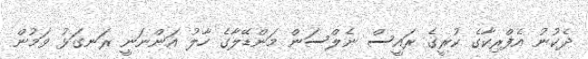
ދެކުނު އެފްރިކާގެ ކުރީގެ ރައީސް ނެލްސަން މަންޑޭލާގެ ހާލު އަންނަނީ ރަނގަޅު ވަމުން